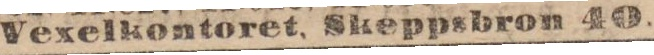
Vexelkontoret, Skeppsbron 40.